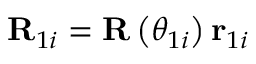
\mathbf { R } _ { 1 i } = \mathbf { R } \left( \theta _ { 1 i } \right) \mathbf { r } _ { 1 i }